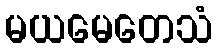
မယမေတေသံ